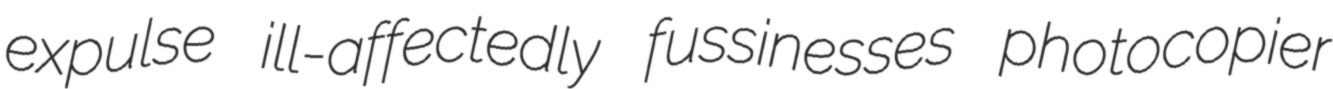
expulse ill-affectedly fussinesses photocopier